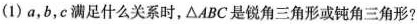
(1) a，b，c 满足什么关系时，△ABC 是锐角三角形或钝角三角形?